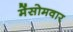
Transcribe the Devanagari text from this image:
मेंसोमवार